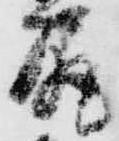
尻